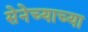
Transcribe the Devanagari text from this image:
सेनेच्याच्या